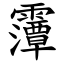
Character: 䨵